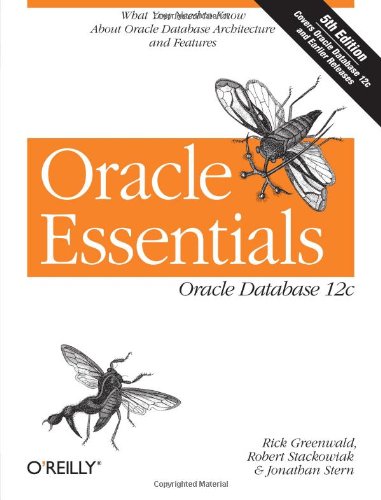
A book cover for Oracle Essentials: Oracle Database 12c; Rick Greenwald; Computers & Technology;